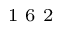
^ \textrm { \scriptsize 1 6 2 }